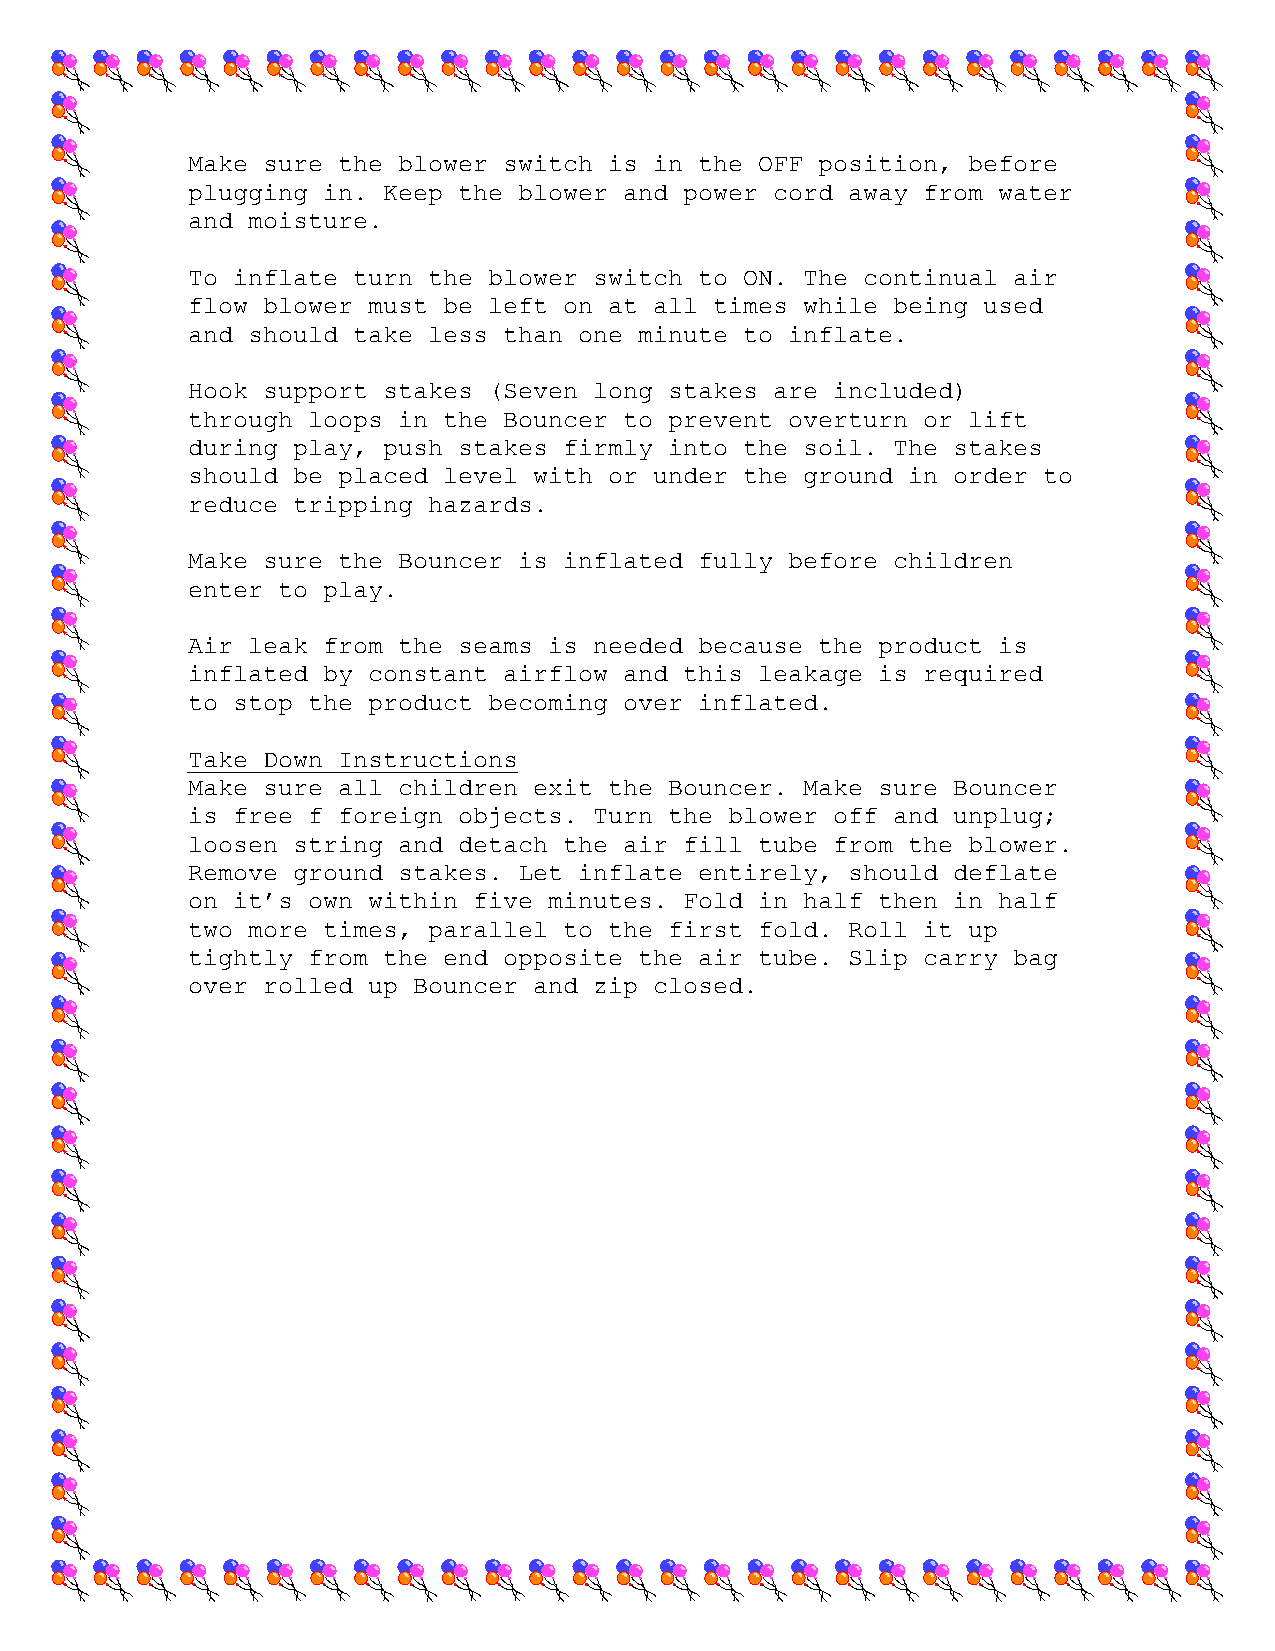
Make sure the blower switch is in the OFF position, before
 plugging in. Keep the blower and power cord away from water
 and moisture.
 To inflate turn the blower switch to ON. The continual air
 flow blower must be left on at all times while being used
 and should take less than one minute to inflate.
 Hook support stakes (Seven long stakes are included)
 through loops in the Bouncer to prevent overturn or lift
 during play, push stakes firmly into the soil. The stakes
 should be placed level with or under the ground in order to
 reduce tripping hazards.
 Make sure the Bouncer is inflated fully before children
 enter to play.
 Air leak from the seams is needed because the product is
 inflated by constant airflow and this leakage is required
 to stop the product becoming over inflated.
 Take Down Instructions
 Make sure all children exit the Bouncer. Make sure Bouncer
 is free f foreign objects. Turn the blower off and unplug;
 loosen string and detach the air fill tube from the blower.
 Remove ground stakes. Let inflate entirely, should deflate
 on it’s own within five minutes. Fold in half then in half
 two more times, parallel to the first fold. Roll it up
 tightly from the end opposite the air tube. Slip carry bag
 over rolled up Bouncer and zip closed.